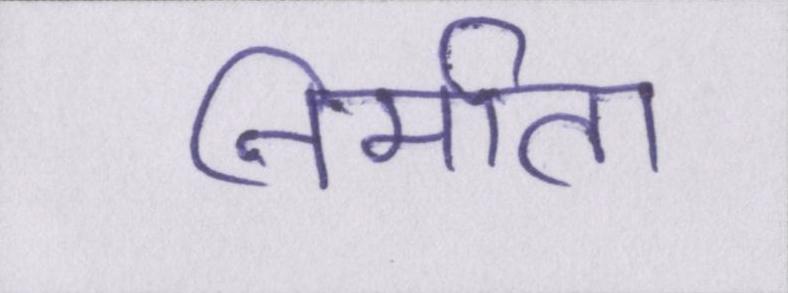
निर्माता